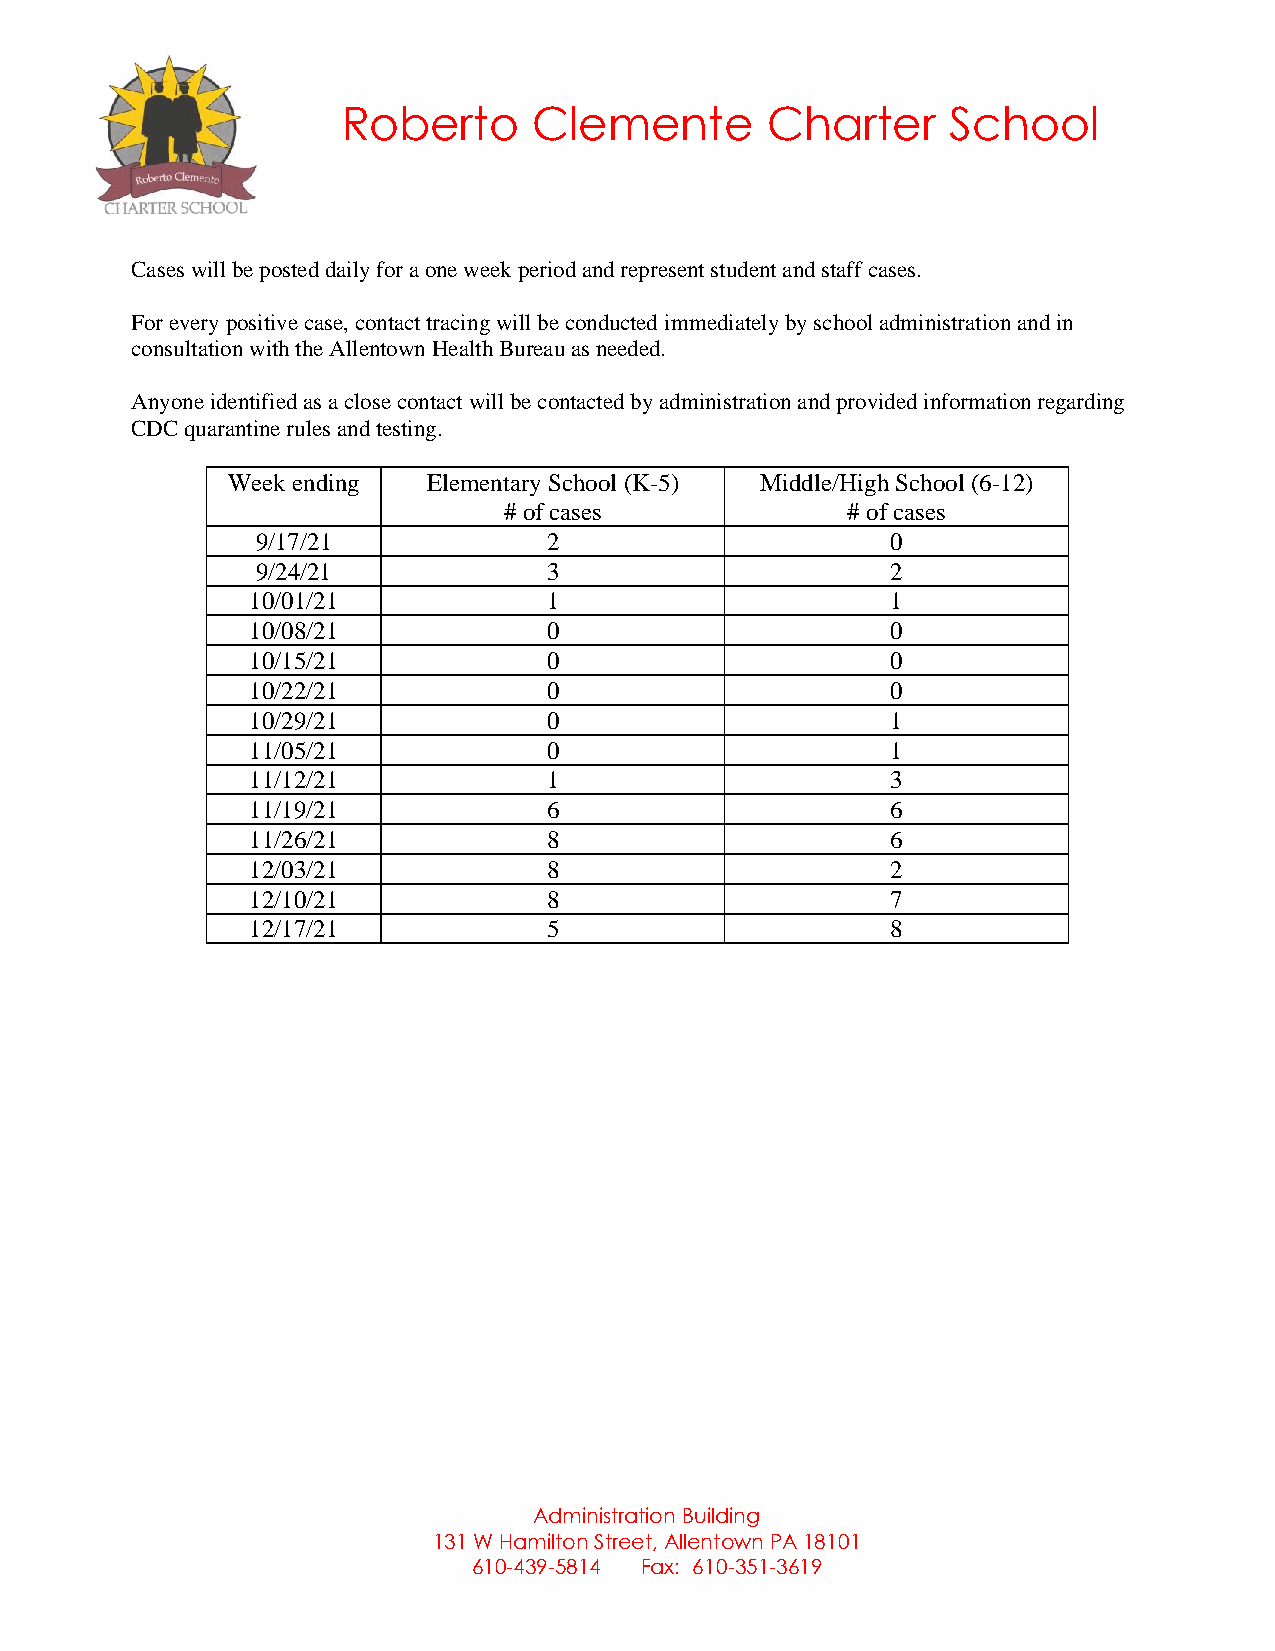
Roberto     Clemente        Charter     School
 Cases will be posted daily for a one week period and represent student and staff cases.
 For every positive case, contact tracing will be conducted immediately by school administration and in
 consultation with the Allentown Health Bureau as needed.
 Anyone identified as a close contact will be contacted by administration and provided information regarding
 CDC quarantine rules and testing.
 Week ending  Elementary School (K-5) Middle/High School (6-12)
 # of cases             # of cases
 9/17/21            2                      0
 9/24/21            3                      2
 10/01/21           1                      1
 10/08/21           0                      0
 10/15/21           0                      0
 10/22/21           0                      0
 10/29/21           0                      1
 11/05/21           0                      1
 11/12/21           1                      3
 11/19/21           6                      6
 11/26/21           8                      6
 12/03/21           8                      2
 12/10/21           8                      7
 12/17/21           5                      8
 Administration Building
 131 W Hamilton Street, Allentown PA 18101
 610-439-5814 Fax: 610-351-3619